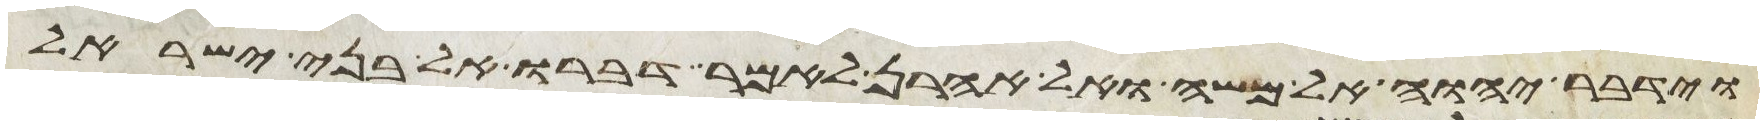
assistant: וידבר יהוה אל משה ואל אהרן לאמר דברו אל בני ישראל